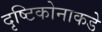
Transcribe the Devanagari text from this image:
दृष्टिकोनाकडे